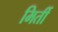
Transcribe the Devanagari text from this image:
मिर्ती